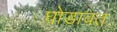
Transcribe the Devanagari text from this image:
घोडावत